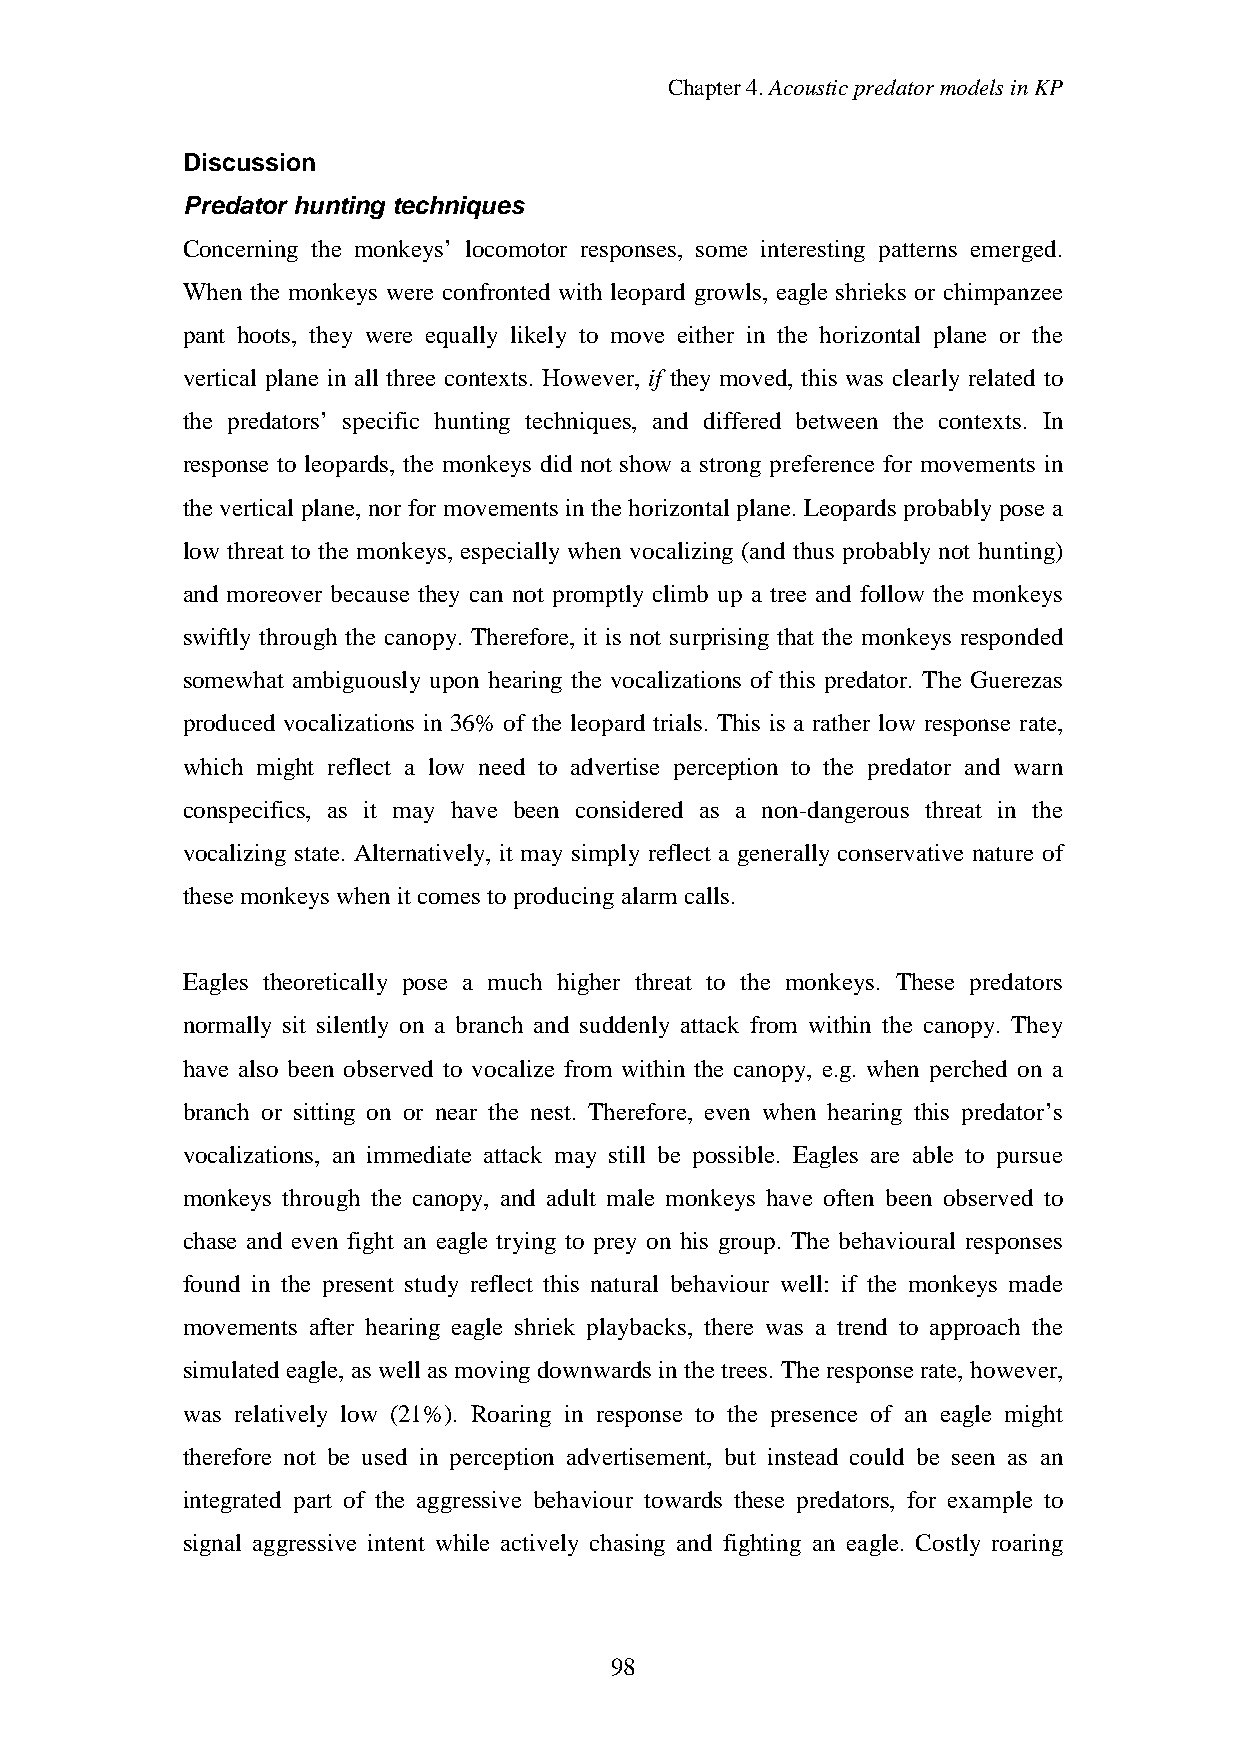
Chapter4.AcousticpredatormodelsinKP
 Discussion
 Predator hunting techniques
 Concerning the monkeys’ locomotor responses, some interesting patterns emerged.
 When the monkeys were confronted with leopard growls, eagle shrieks or chimpanzee
 pant hoots, they were equally likely to move either in the horizontal plane or the
 vertical plane in all three contexts. However, if they moved, this was clearly related to
 the predators’ specific hunting techniques, and differed between the contexts. In
 response to leopards, the monkeys did not show a strong preference for movements in
 the vertical plane, nor for movements in the horizontal plane. Leopards probablypose a
 low threat to the monkeys, especially when vocalizing (and thus probably not hunting)
 and moreover because they can not promptly climb up a tree and follow the monkeys
 swiftly through the canopy. Therefore, it is not surprising that the monkeys responded
 somewhat ambiguously upon hearing the vocalizations of this predator. The Guerezas
 produced vocalizations in 36% of the leopard trials. This is a rather low response rate,
 which might reflect a low need to advertise perception to the predator and warn
 conspecifics, as it may have been considered as a non-dangerous threat in the
 vocalizing state. Alternatively, it may simply reflect a generally conservative nature of
 thesemonkeys whenit comes toproducingalarm calls.
 Eagles theoretically pose a much higher threat to the monkeys. These predators
 normally sit silently on a branch and suddenly attack from within the canopy. They
 have also been observed to vocalize from within the canopy, e.g. when perched on a
 branch or sitting on or near the nest. Therefore, even when hearing this predator’s
 vocalizations, an immediate attack may still be possible. Eagles are able to pursue
 monkeys through the canopy, and adult male monkeys have often been observed to
 chase and even fight an eagle trying to prey on his group. The behavioural responses
 found in the present study reflect this natural behaviour well: if the monkeys made
 movements after hearing eagle shriek playbacks, there was a trend to approach the
 simulatedeagle,as well as movingdownwards in thetrees. Theresponserate,however,
 was relatively low (21%). Roaring in response to the presence of an eagle might
 therefore not be used in perception advertisement, but instead could be seen as an
 integrated part of the aggressive behaviour towards these predators, for example to
 signal aggressive intent while actively chasing and fighting an eagle. Costly roaring
 98